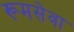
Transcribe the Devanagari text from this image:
रूमसेवा